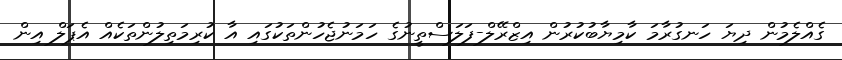
ގެއްލެމުން ދިޔަ ހަނގުރާމަ ކާމިޔާބުކުރުން އިޒްރޭލް-ފަލަސްތީނުގެ ހަމަނުޖެހުންތަކުގައި އާ ކުރިމަތިލުންތަކެއް އެޕަލް އިން